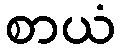
စာယံ